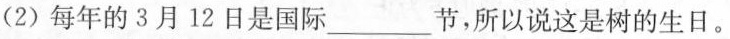
(2)每年的3月12日是国际___节，所以说这是树的生日。